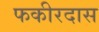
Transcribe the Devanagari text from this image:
फकीरदास